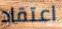
اعتقاد